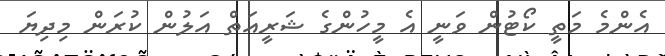
އެންމެ މަތީ ކޯޓުން ވަނީ އެ މީހުންގެ ޝަރީއަތް އަލުން ކުރަން މިދިޔަ